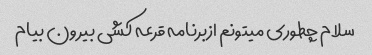
سلام چطوری میتونم ازبرنامه قرعه کشی بیرون بیام